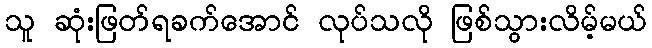
သူ ဆုံးဖြတ်ရခက်အောင် လုပ်သလို ဖြစ်သွားလိမ့်မယ်